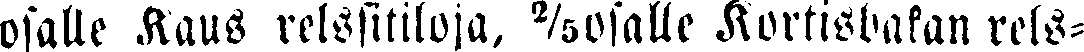
osalle Kaus relssitiloja, ⅖osalle Kortisbakan rels-